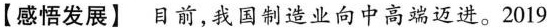
【感悟发展】目前，我国制造业向中高端迈进。2019